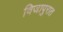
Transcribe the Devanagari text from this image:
विजापुरात